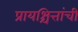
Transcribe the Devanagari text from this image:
प्रायश्चित्तांची